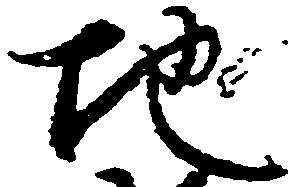
地